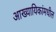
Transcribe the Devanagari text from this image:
आख्यायिकांमधील